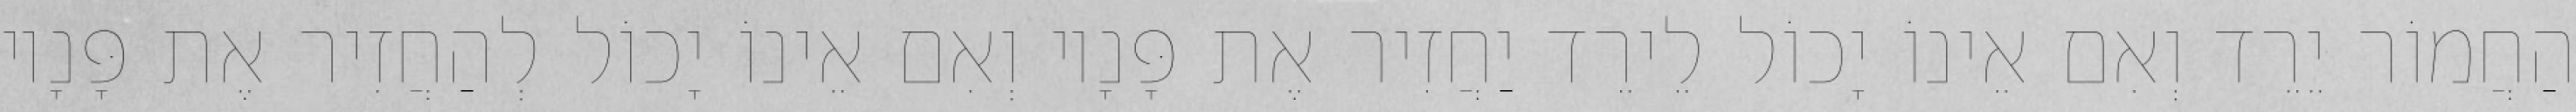
הַחֲמוֹר יֵרֵד וְאִם אֵינוֹ יָכוֹל לֵירֵד יַחֲזִיר אֶת פָּנָיו וְאִם אֵינוֹ יָכוֹל לְהַחֲזִיר אֶת פָּנָיו